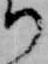
り